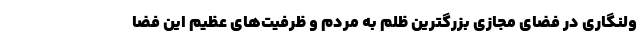
ولنگاری در فضای مجازی بزرگترین ظلم به مردم و ظرفیت‌های عظیم این فضا